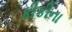
કીકીના